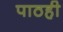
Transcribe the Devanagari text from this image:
पाठही